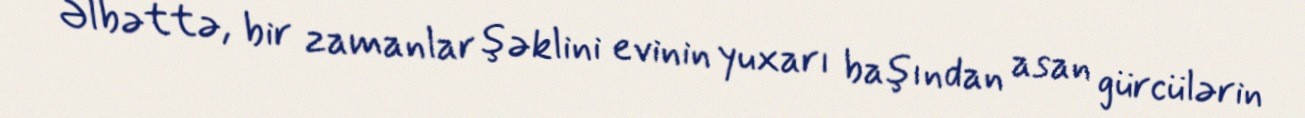
Əlbəttə, bir zamanlar şəklini evinin yuxarı başından asan gürcülərin